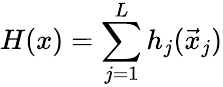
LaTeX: H(x)=\sum_{j=1}^{L}h_{j}(\vec{x}_{j})